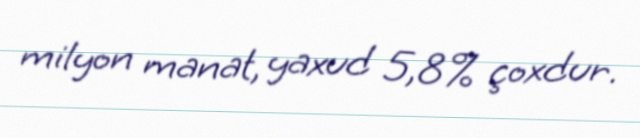
milyon manat, yaxud 5,8% çoxdur.